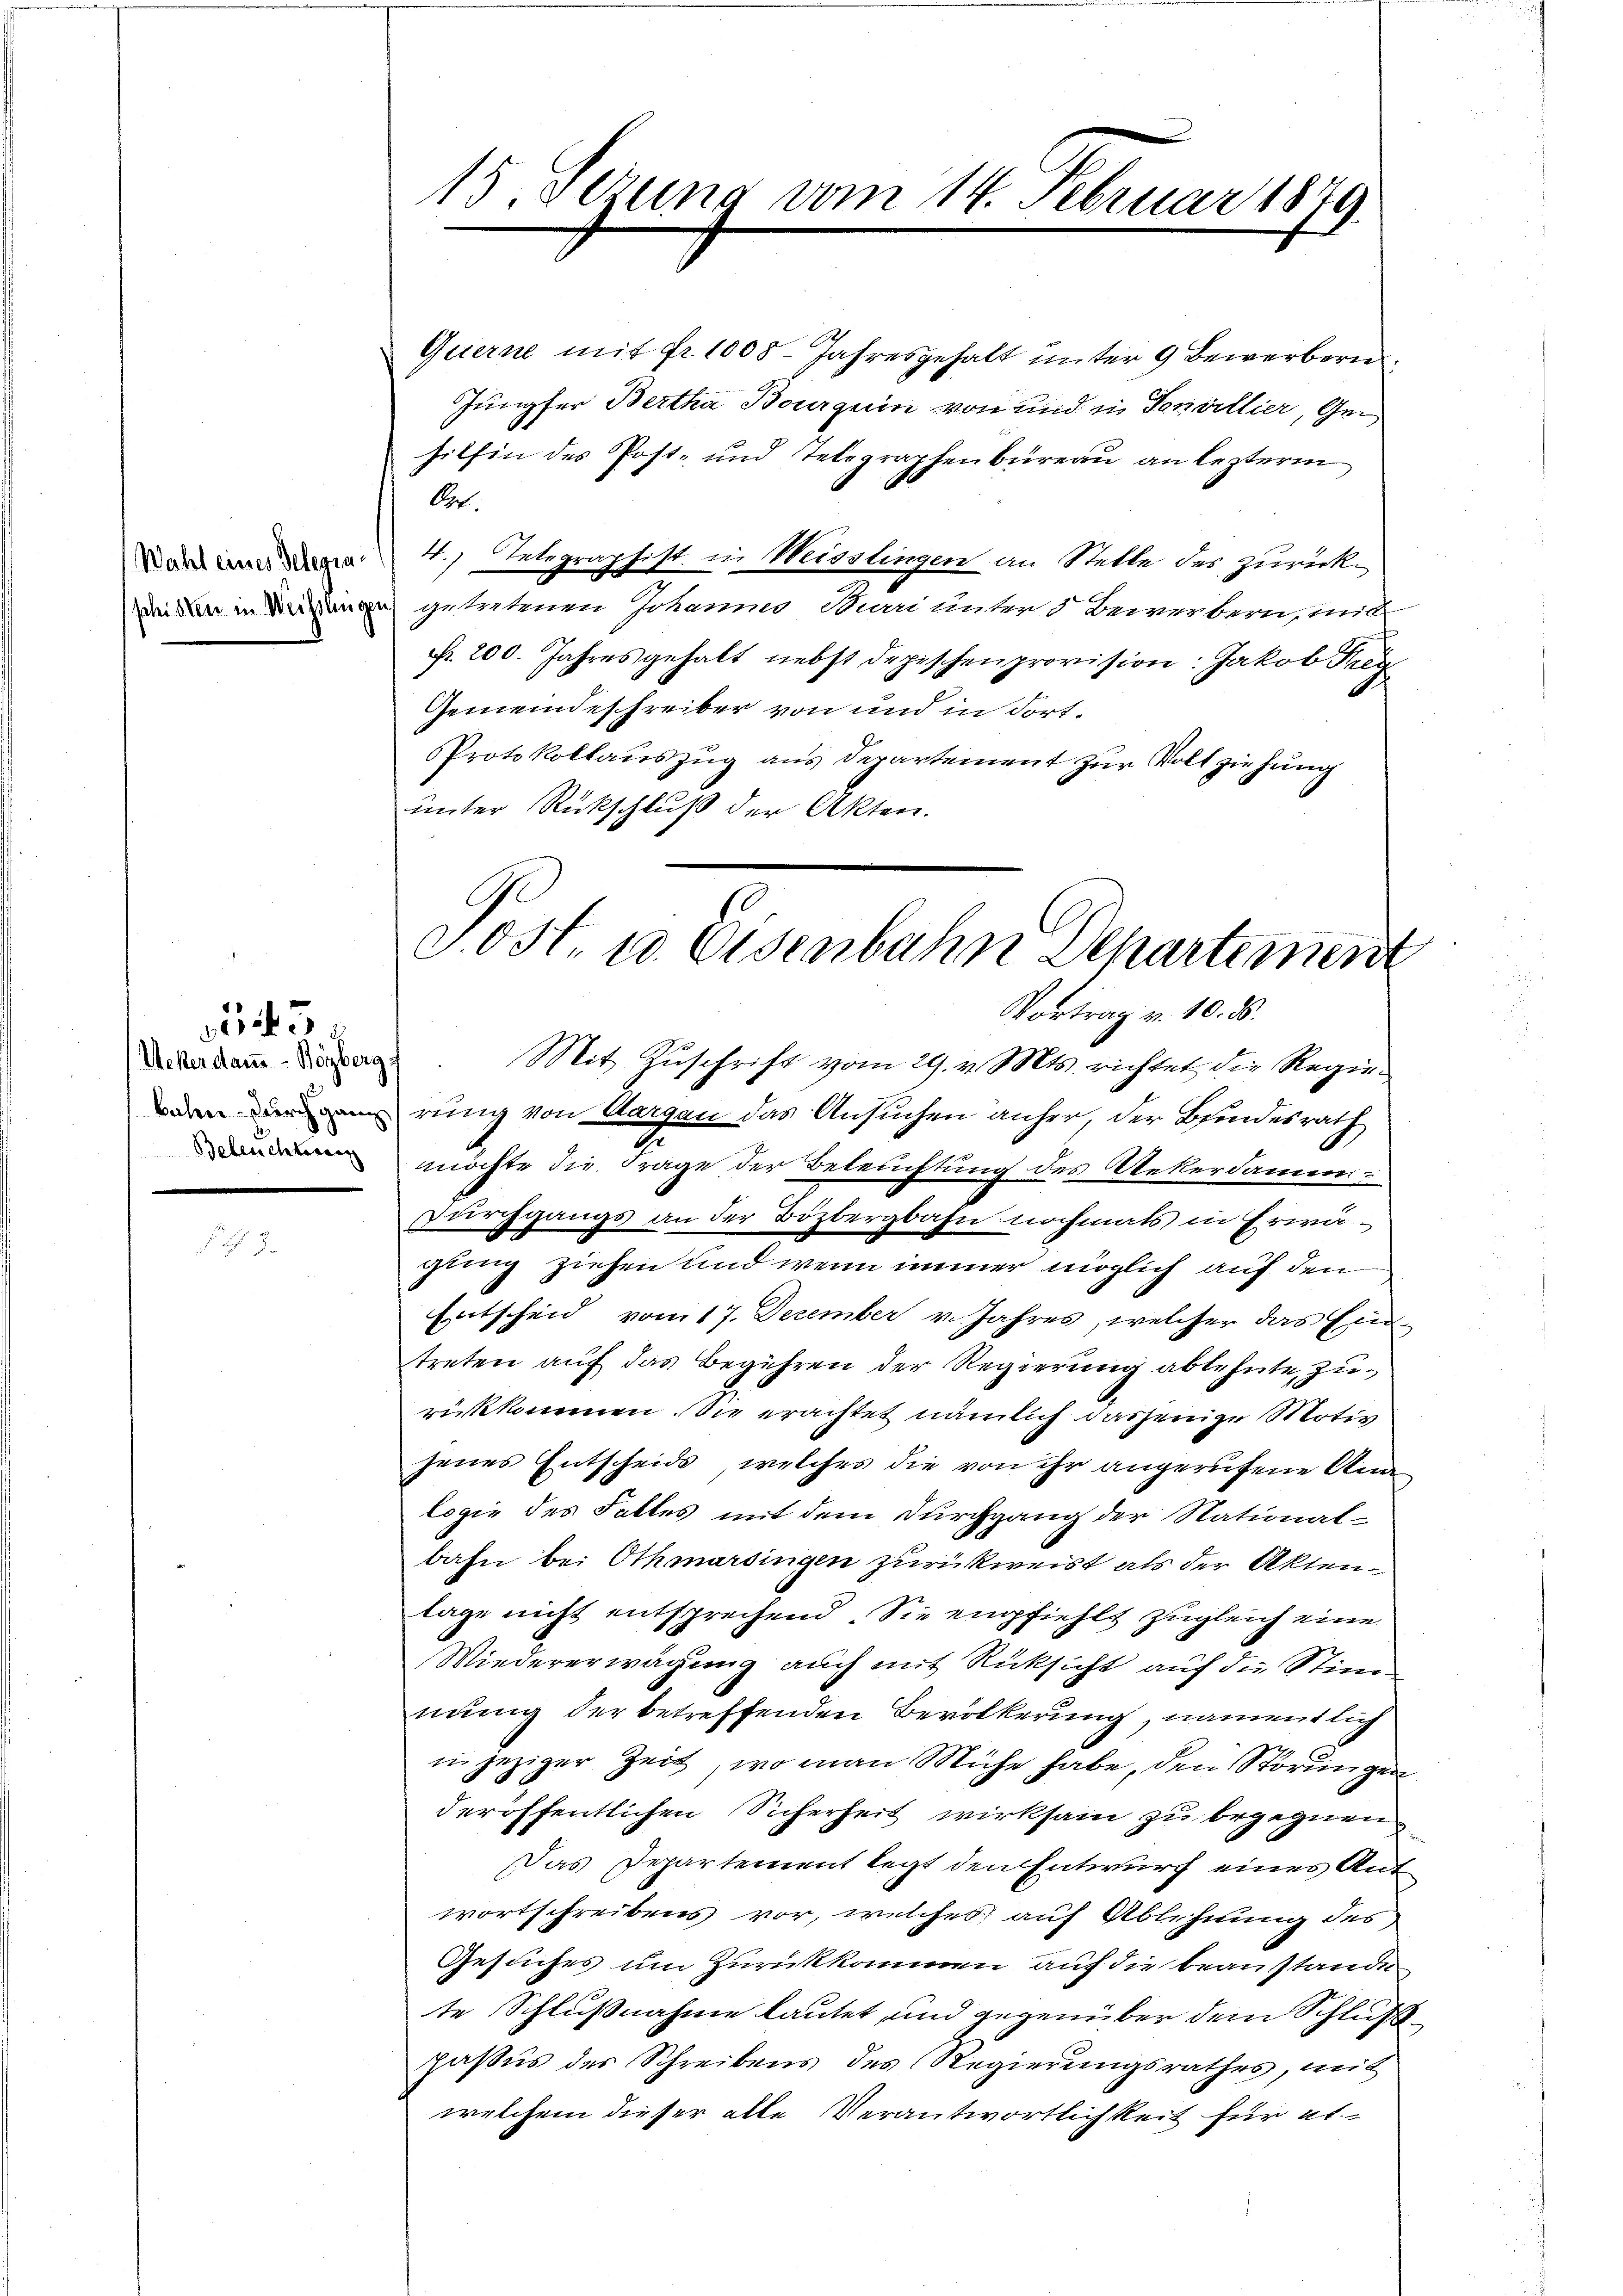
Ueber dann - Herzberg
Beleuchterung

1445.

Querne mit fr. 1008. Jahresgehalt unter 9 Bewerbern
Jungfer Bertha Bourgerin von und in Servillier, Ge
sithin des Post- und Telegraphenbüreau an lezterm
Ort.
War einer den 4. Telegraphist in Weisslingen an Stelle des zurück¬
Dein in Mißange getretenen Johannes Duai unters Bewerbern, und
Nr. 200. Jahres gehalt nebst depischenprovision: Jakob Frey
Gemeindeschreiber von und in dort¬
Protokollauszug aus Departement zur Vollziehung
unter Rückschluß der Akten.

15. Sezung vom 14. Februar 1879.

S.ONt. 10. Eisenbahn Departement
Vortrag v. 10. d.
Mit Zuschrift vom 29. v. Mts. richtet die Regie¬

rung von Aargau das Ansuchen anher, der Bundesrath
möchte die Frage der Beleuchtung des Uekerdame.
Durchgangs an der Bözbergbahn nochmals in Erwägling ziehen und wenn immer möglich auf den
Entscheid vom 17. Dezember v. Jahres, welcher das Eintreten auf das Begehren der Regierung ablehnte, zurükkommen. Sie erachtet nämlich dasjenige Motiv
jenes Entscheids, welches die von ihr angerufene Analogie des Falles mit dem Durchgang der National-
bahn bei Othmarsingen zurückweist als der Aktenlage nicht entsprechend. Sie empfiehlt zugleich eine
Wiedererwägung auch mit Rücksicht auf die Stimmung der betreffenden Bevölkerung, namentlich
in jeziger Zeit, wo man Mühe habe, den Störungen
deröffentlichen Sicherheit wirksam zu begegnen
Das Departement legt den Entwurf eines Ant
wortschreibens vor, welches auf Ablehnung des
Gesuches um Zurückkomme auf die beanstande
te Schlußnahme lautet, und gegenüber dem Schluß
pasus des Schreibens des Regierungsrathes, mit
welchem dieser alle Verantwortlichkeit für et.-